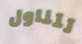
تتناول